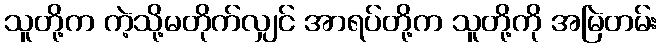
သူတို့က ကဲ့သို့မတိုက်လျှင် အာရပ်တို့က သူတို့ကို အမြဲတမ်း